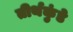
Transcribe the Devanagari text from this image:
तीर्थकुंडे